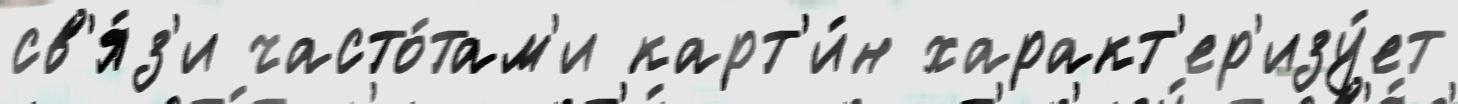
св'я́з'и часто́там'и карт'и́н характ'ер'изу́ет